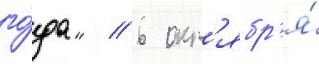
го́да" // 6 окт'ябр'я́